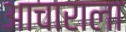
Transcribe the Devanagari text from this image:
आचाराला